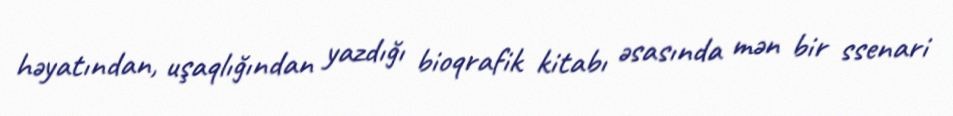
həyatından, uşaqlığından yazdığı bioqrafik kitabı əsasında mən bir ssenari